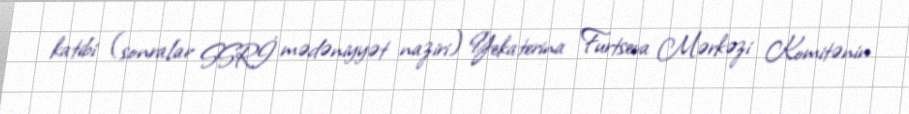
katibi (sonralar SSRİ mədəniyyət naziri) Yekaterina Furtseva Mərkəzi Komitənin